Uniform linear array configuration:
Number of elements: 64
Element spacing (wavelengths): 0.25
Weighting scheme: exponential
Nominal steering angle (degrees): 15
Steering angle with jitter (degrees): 13.528
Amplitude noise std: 0.05
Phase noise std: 0.05

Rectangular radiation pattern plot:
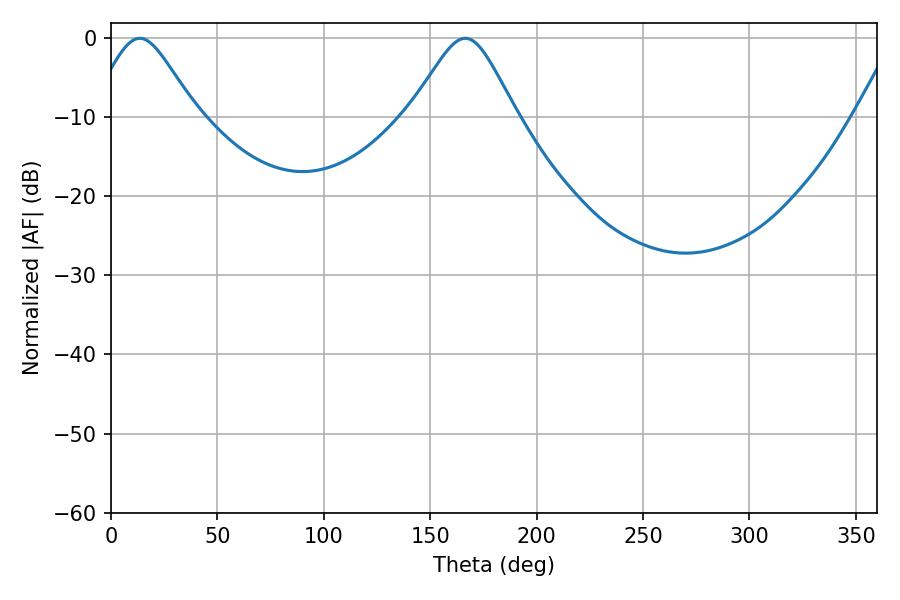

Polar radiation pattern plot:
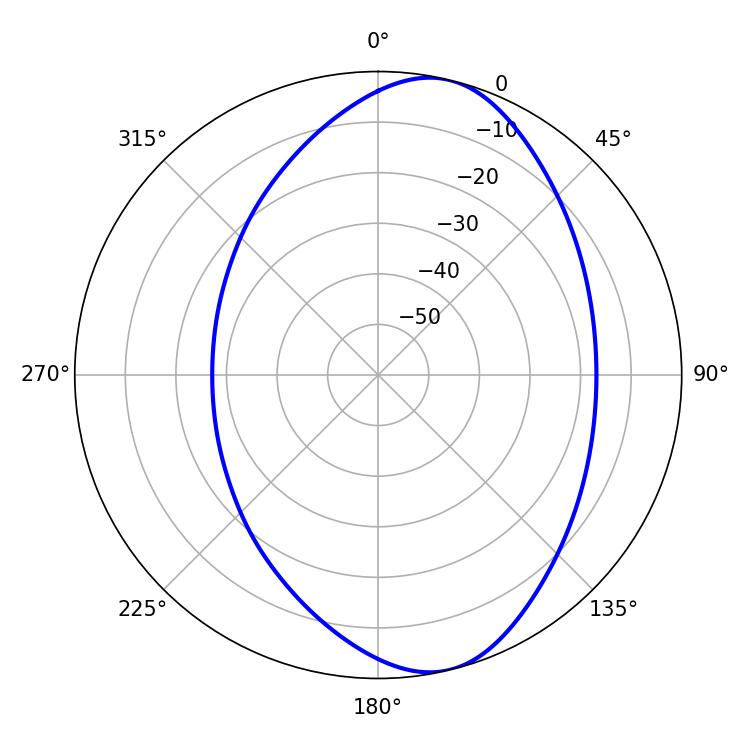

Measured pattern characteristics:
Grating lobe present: FALSE
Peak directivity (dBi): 8.595
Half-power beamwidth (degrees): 24.3
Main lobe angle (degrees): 13.5